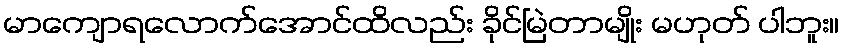
မာကျောရလောက်အောင်ထိလည်း ခိုင်မြဲတာမျိုး မဟုတ် ပါဘူး။